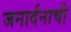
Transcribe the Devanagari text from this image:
जनार्दनाची